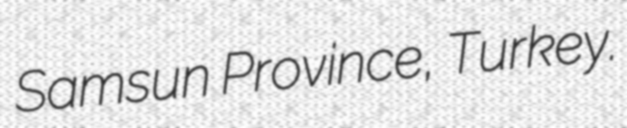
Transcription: Samsun Province, Turkey.